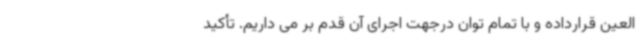
العین قرارداده و با تمام توان درجهت اجرای آن قدم بر می داریم. تأکید